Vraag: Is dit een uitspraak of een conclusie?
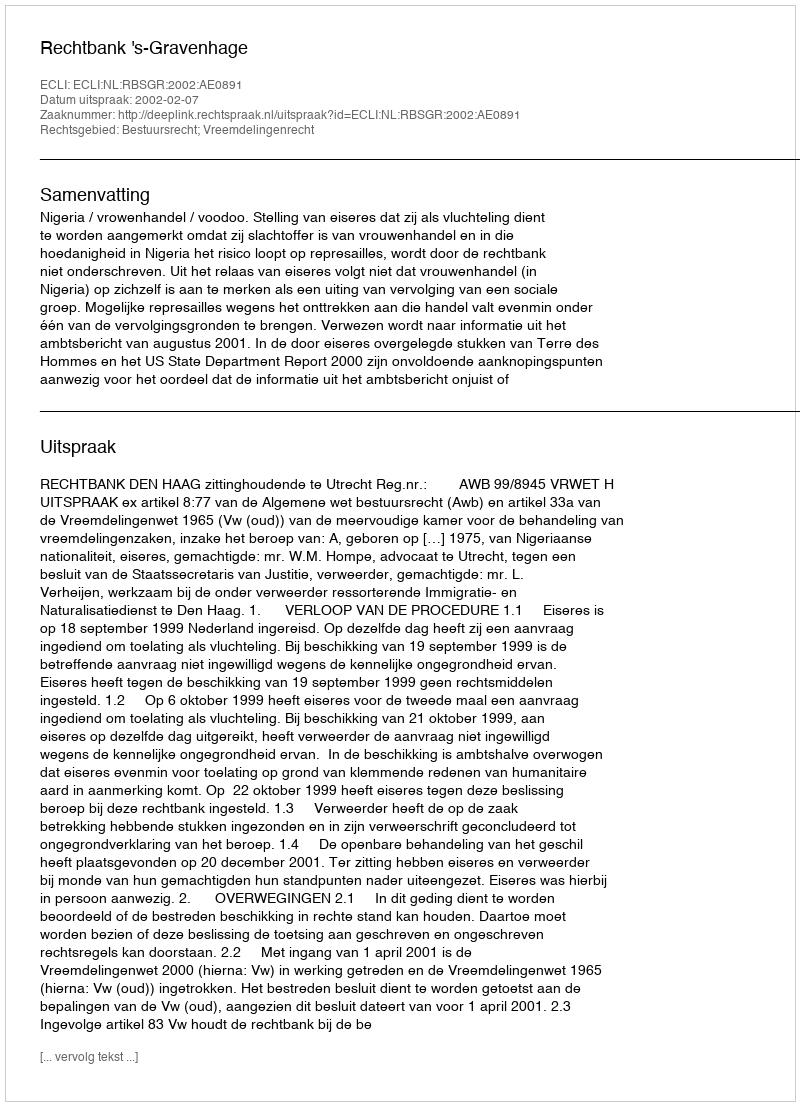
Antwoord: Uitspraak